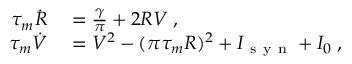
\begin{array} { r l } { \tau _ { m } \dot { R } } & { { } = \frac { \gamma } { \pi } + 2 R V \; , } \\ { \tau _ { m } \dot { V } } & { { } = V ^ { 2 } - ( \pi \tau _ { m } R ) ^ { 2 } + I _ { \mathrm { ~ s ~ y ~ n ~ } } + I _ { 0 } \; , } \end{array}